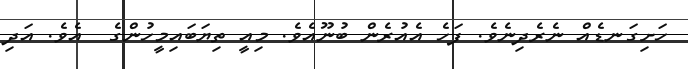
ހަށިގަނޑެއް ނެރެދިނެވެ. ފަހެ އެއުރެން ބުނޫއެވެ. މިއީ ތިޔަބައިމީހުންގެ  އެވެ. އަދި